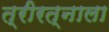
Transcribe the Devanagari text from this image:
त्रीरत्नाला